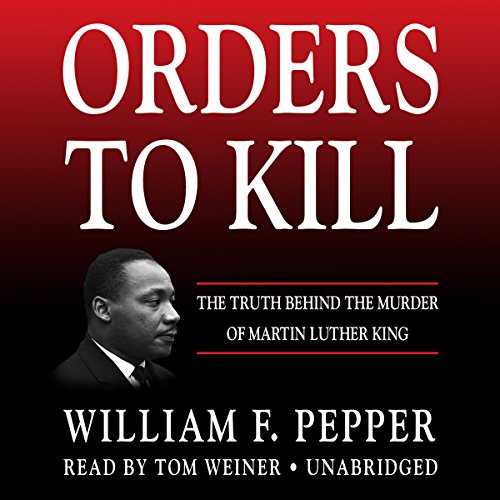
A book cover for Orders to Kill: The Truth Behind the Murder of Martin Luther King; William F. Pepper; Biographies & Memoirs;